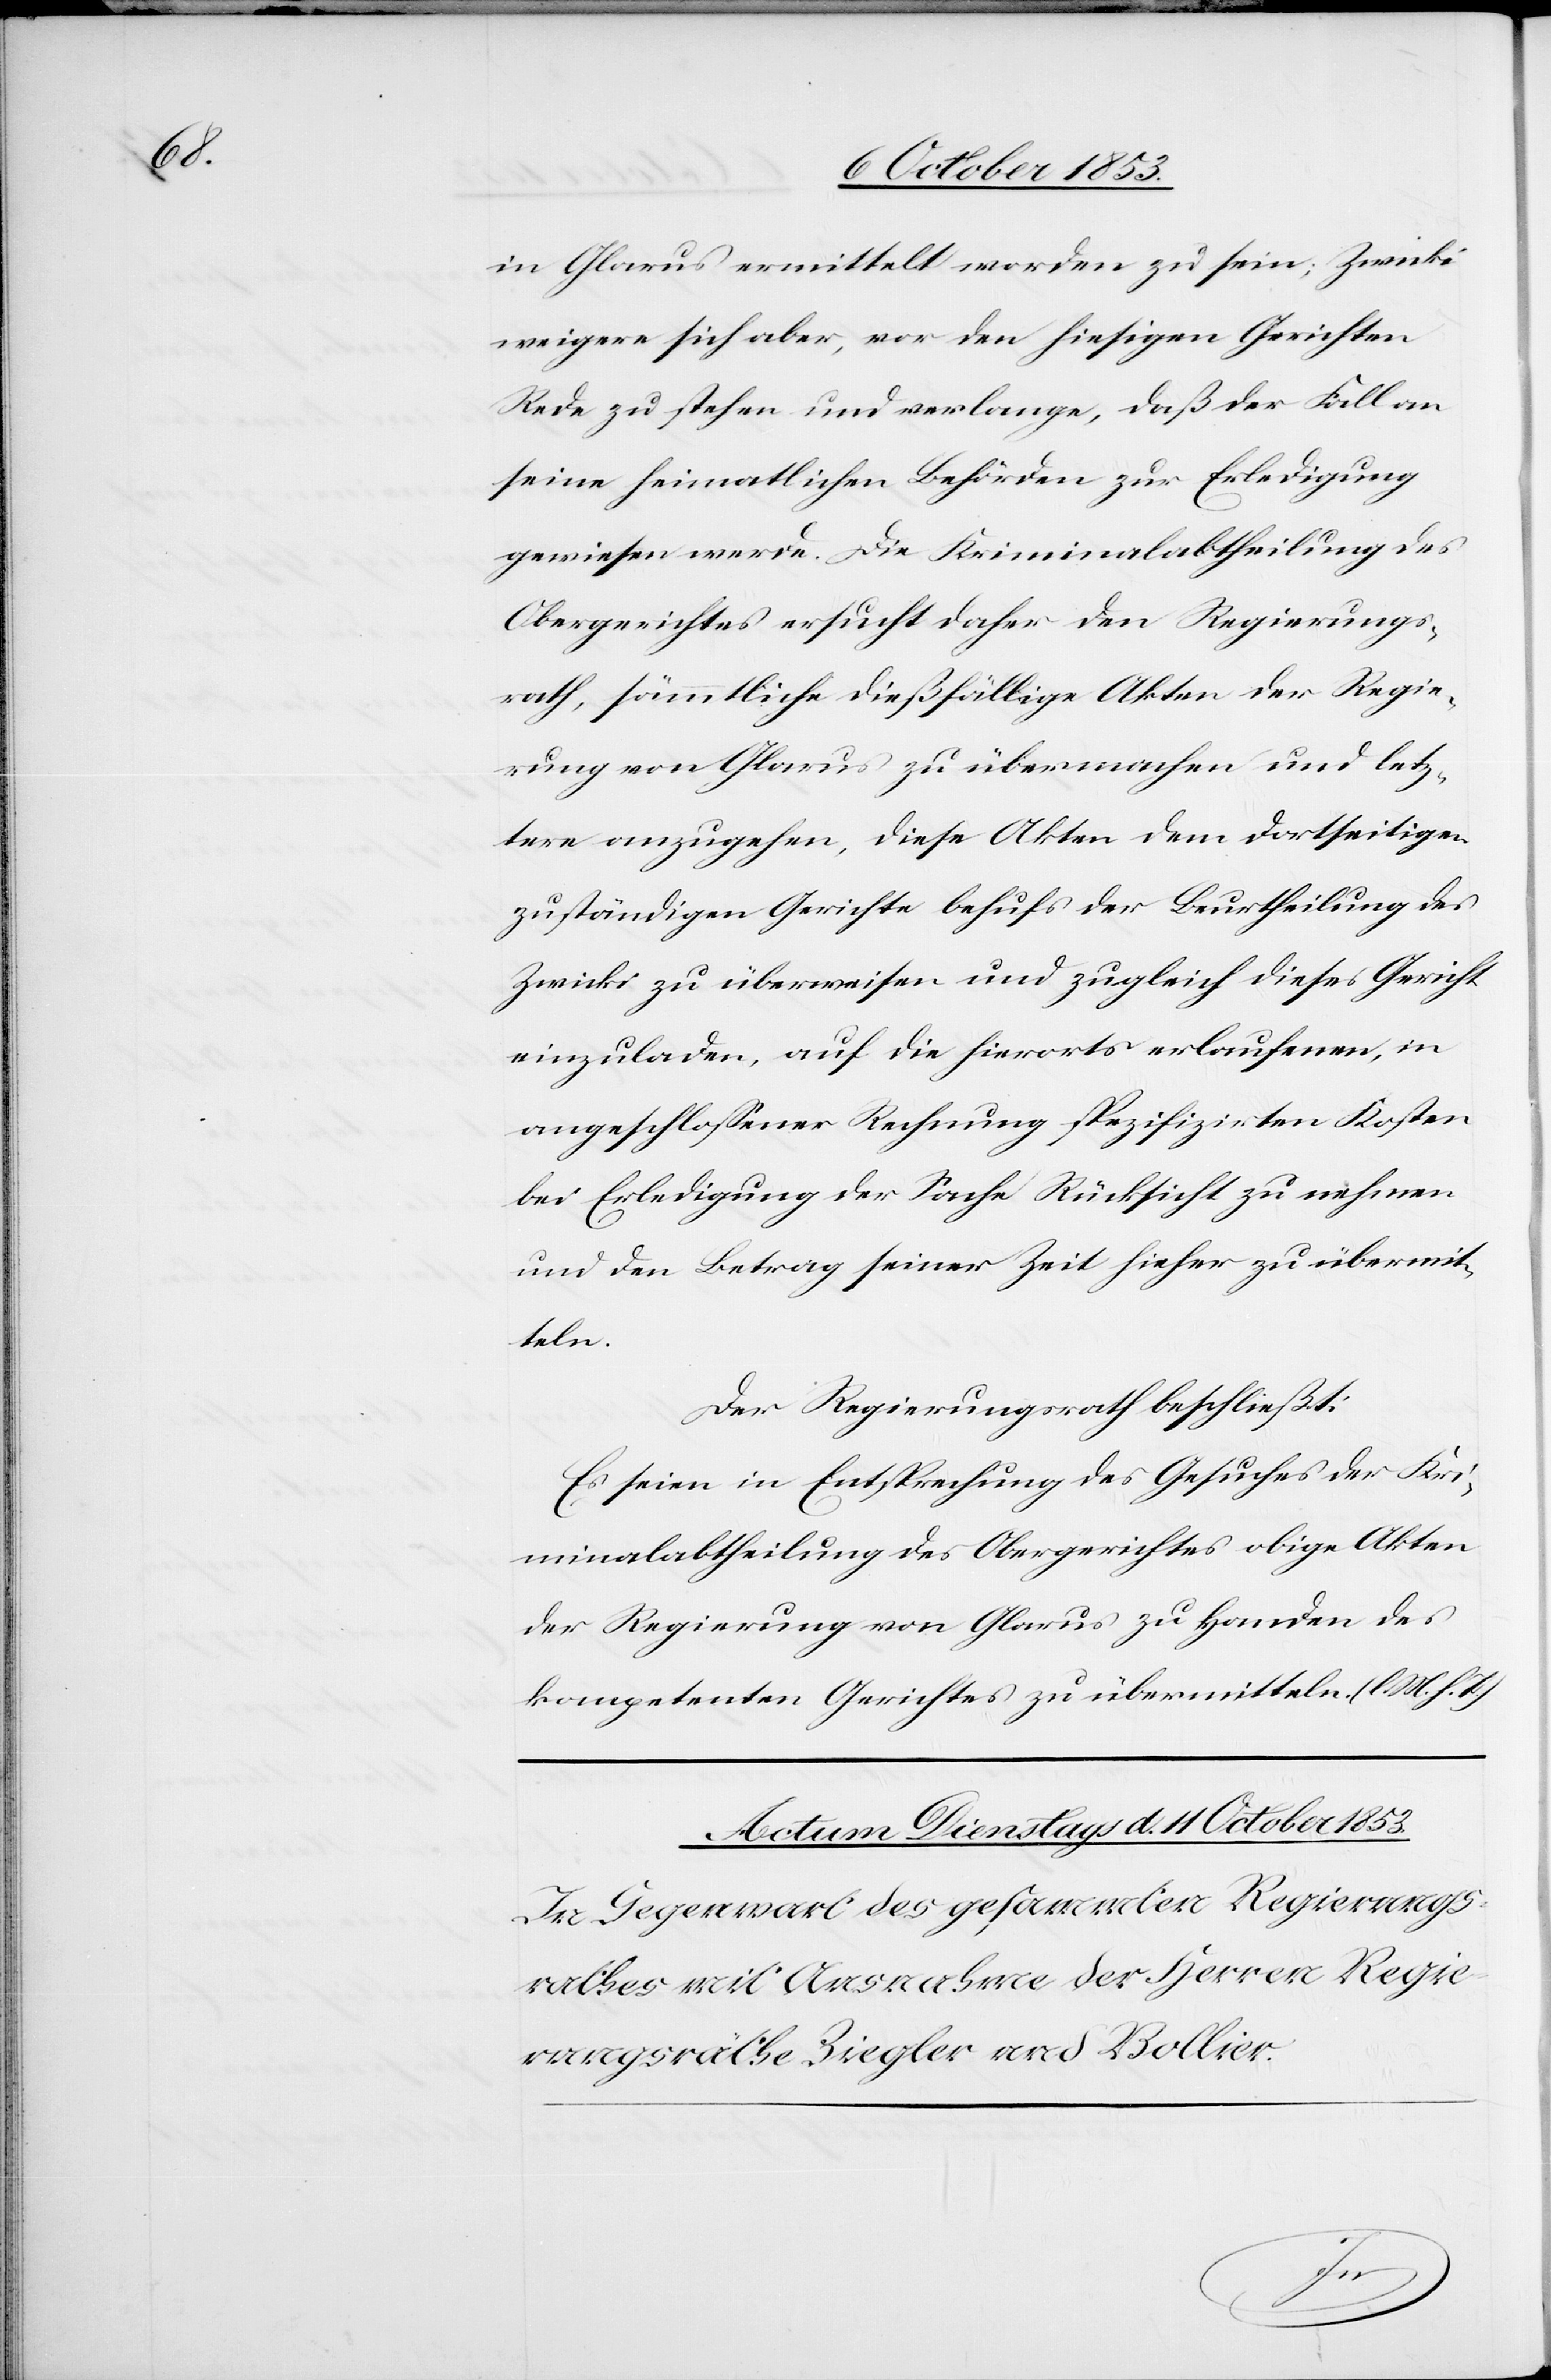
in Glarus vermittelst worden zu sein; Zwicki
weigere sich aber, vor den hiesigen Gerichten
Rede zu stehen und verlange, daß der Fall an
seine heimatlichen Behörden zur Erledigung
gewiesen werde. Die Kriminalabtheilung des
Obergerichtes ersucht daher den Regierungs¬
rath, sämmtliche dießfällige Akten der Regie¬
rung von Glarus zu übermachen und letz¬
tere anzugehen, diese Akten dem dortseitigen
zuständigen Gerichte behufs der Beurtheilung des
Zwicki zu überweisen und zugleich dieses Gericht
einzuladen, auf die hierorts erlaufene, in
angeschloßener Rechnung spezifizirten Kosten
bei Erledigung der Sache Rücksicht zu nehmen
und den Betrug seiner Zeit hieher zu übermit¬
teln.
Der Regierungsrath beschließt:
Es seien in Entsprechung des Gesuches der Kri¬
minalabtheilung des Obergerichtes obige Akten
der Regierung von Glarus zu Handen des
kompetenten Gerichtes zu übermitteln. [l. M. h. T]